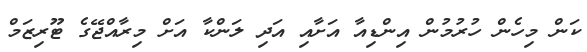
ކަން މިހެން ހުރުމުން އިންޑިއާ އަށާއި އަދި ލަންކާ އަށް މިރާއްޖޭގެ ޓޫރިޒަމް